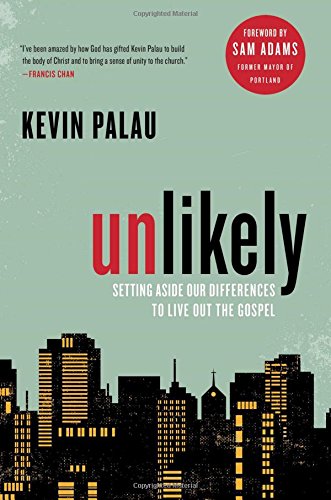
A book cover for Unlikely: Setting Aside Our Differences to Live Out the Gospel; Kevin Palau; Christian Books & Bibles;